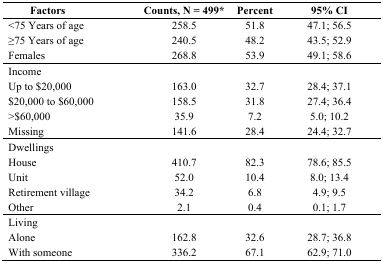
| Factors | Counts, N = 499* | Percent | 95% CI |
 | --- | --- | --- | --- |
 | <75 Years of age | 258.5 | 51.8 | 47.1; 56.5 |
 | ≥75 Years of age | 240.5 | 48.2 | 43.5; 52.9 |
 | Females | 268.8 | 53.9 | 49.1; 58.6 |
 | Income |  |  |  |
 | Up to $20,000 | 163.0 | 32.7 | 28.4; 37.1 |
 | $20,000 to $60,000 | 158.5 | 31.8 | 27.4; 36.4 |
 | >$60,000 | 35.9 | 7.2 | 5.0; 10.2 |
 | Missing | 141.6 | 28.4 | 24.4; 32.7 |
 | Dwellings |  |  |  |
 | House | 410.7 | 82.3 | 78.6; 85.5 |
 | Unit | 52.0 | 10.4 | 8.0; 13.4 |
 | Retirement village | 34.2 | 6.8 | 4.9; 9.5 |
 | Other | 2.1 | 0.4 | 0.1; 1.7 |
 | Living |  |  |  |
 | Alone | 162.8 | 32.6 | 28.7; 36.8 |
 | With someone | 336.2 | 67.1 | 62.9; 71.0 |